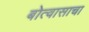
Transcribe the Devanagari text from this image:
बोत्वासाचा